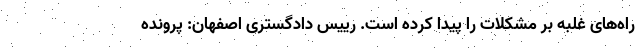
راه‌های غلبه بر مشکلات را پیدا کرده است. رییس دادگستری اصفهان: پرونده